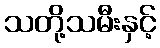
သတို့သမီးနှင့်